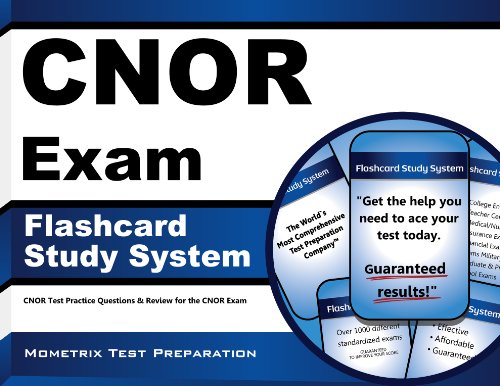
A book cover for CNOR Exam Flashcard Study System: CNOR Test Practice Questions & Review for the CNOR Exam (Cards); CNOR Exam Secrets Test Prep Team; Test Preparation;